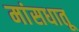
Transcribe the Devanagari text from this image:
मांसधातू